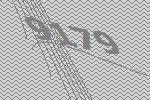
9179